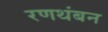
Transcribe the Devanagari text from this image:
रणथंबन